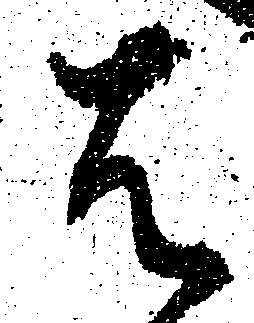
は